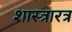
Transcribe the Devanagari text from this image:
शास्त्रारत्र